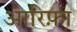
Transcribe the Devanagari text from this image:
आरिफ़ा